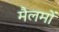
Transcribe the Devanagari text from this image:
मैलमों